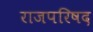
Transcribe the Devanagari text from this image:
राजपरिषद